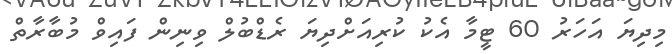
މިދިޔަ އަހަރު 60 ޓީމާ އެކު ކުރިއަށްދިޔަ ރެޑްބުލް ވިނިން ފައިވް މުބާރާތް